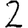
Digit: 2